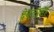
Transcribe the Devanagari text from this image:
देवळासह